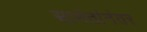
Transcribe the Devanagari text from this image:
सामंतांनंतर